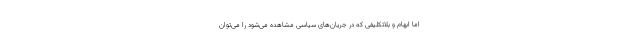
اما ابهام و بلاتکلیفی که در جریان‌های سیاسی مشاهده می‌شود را می‌توان